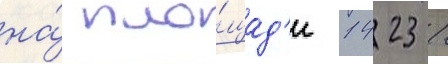
на́ пло́щад'и 1423 /